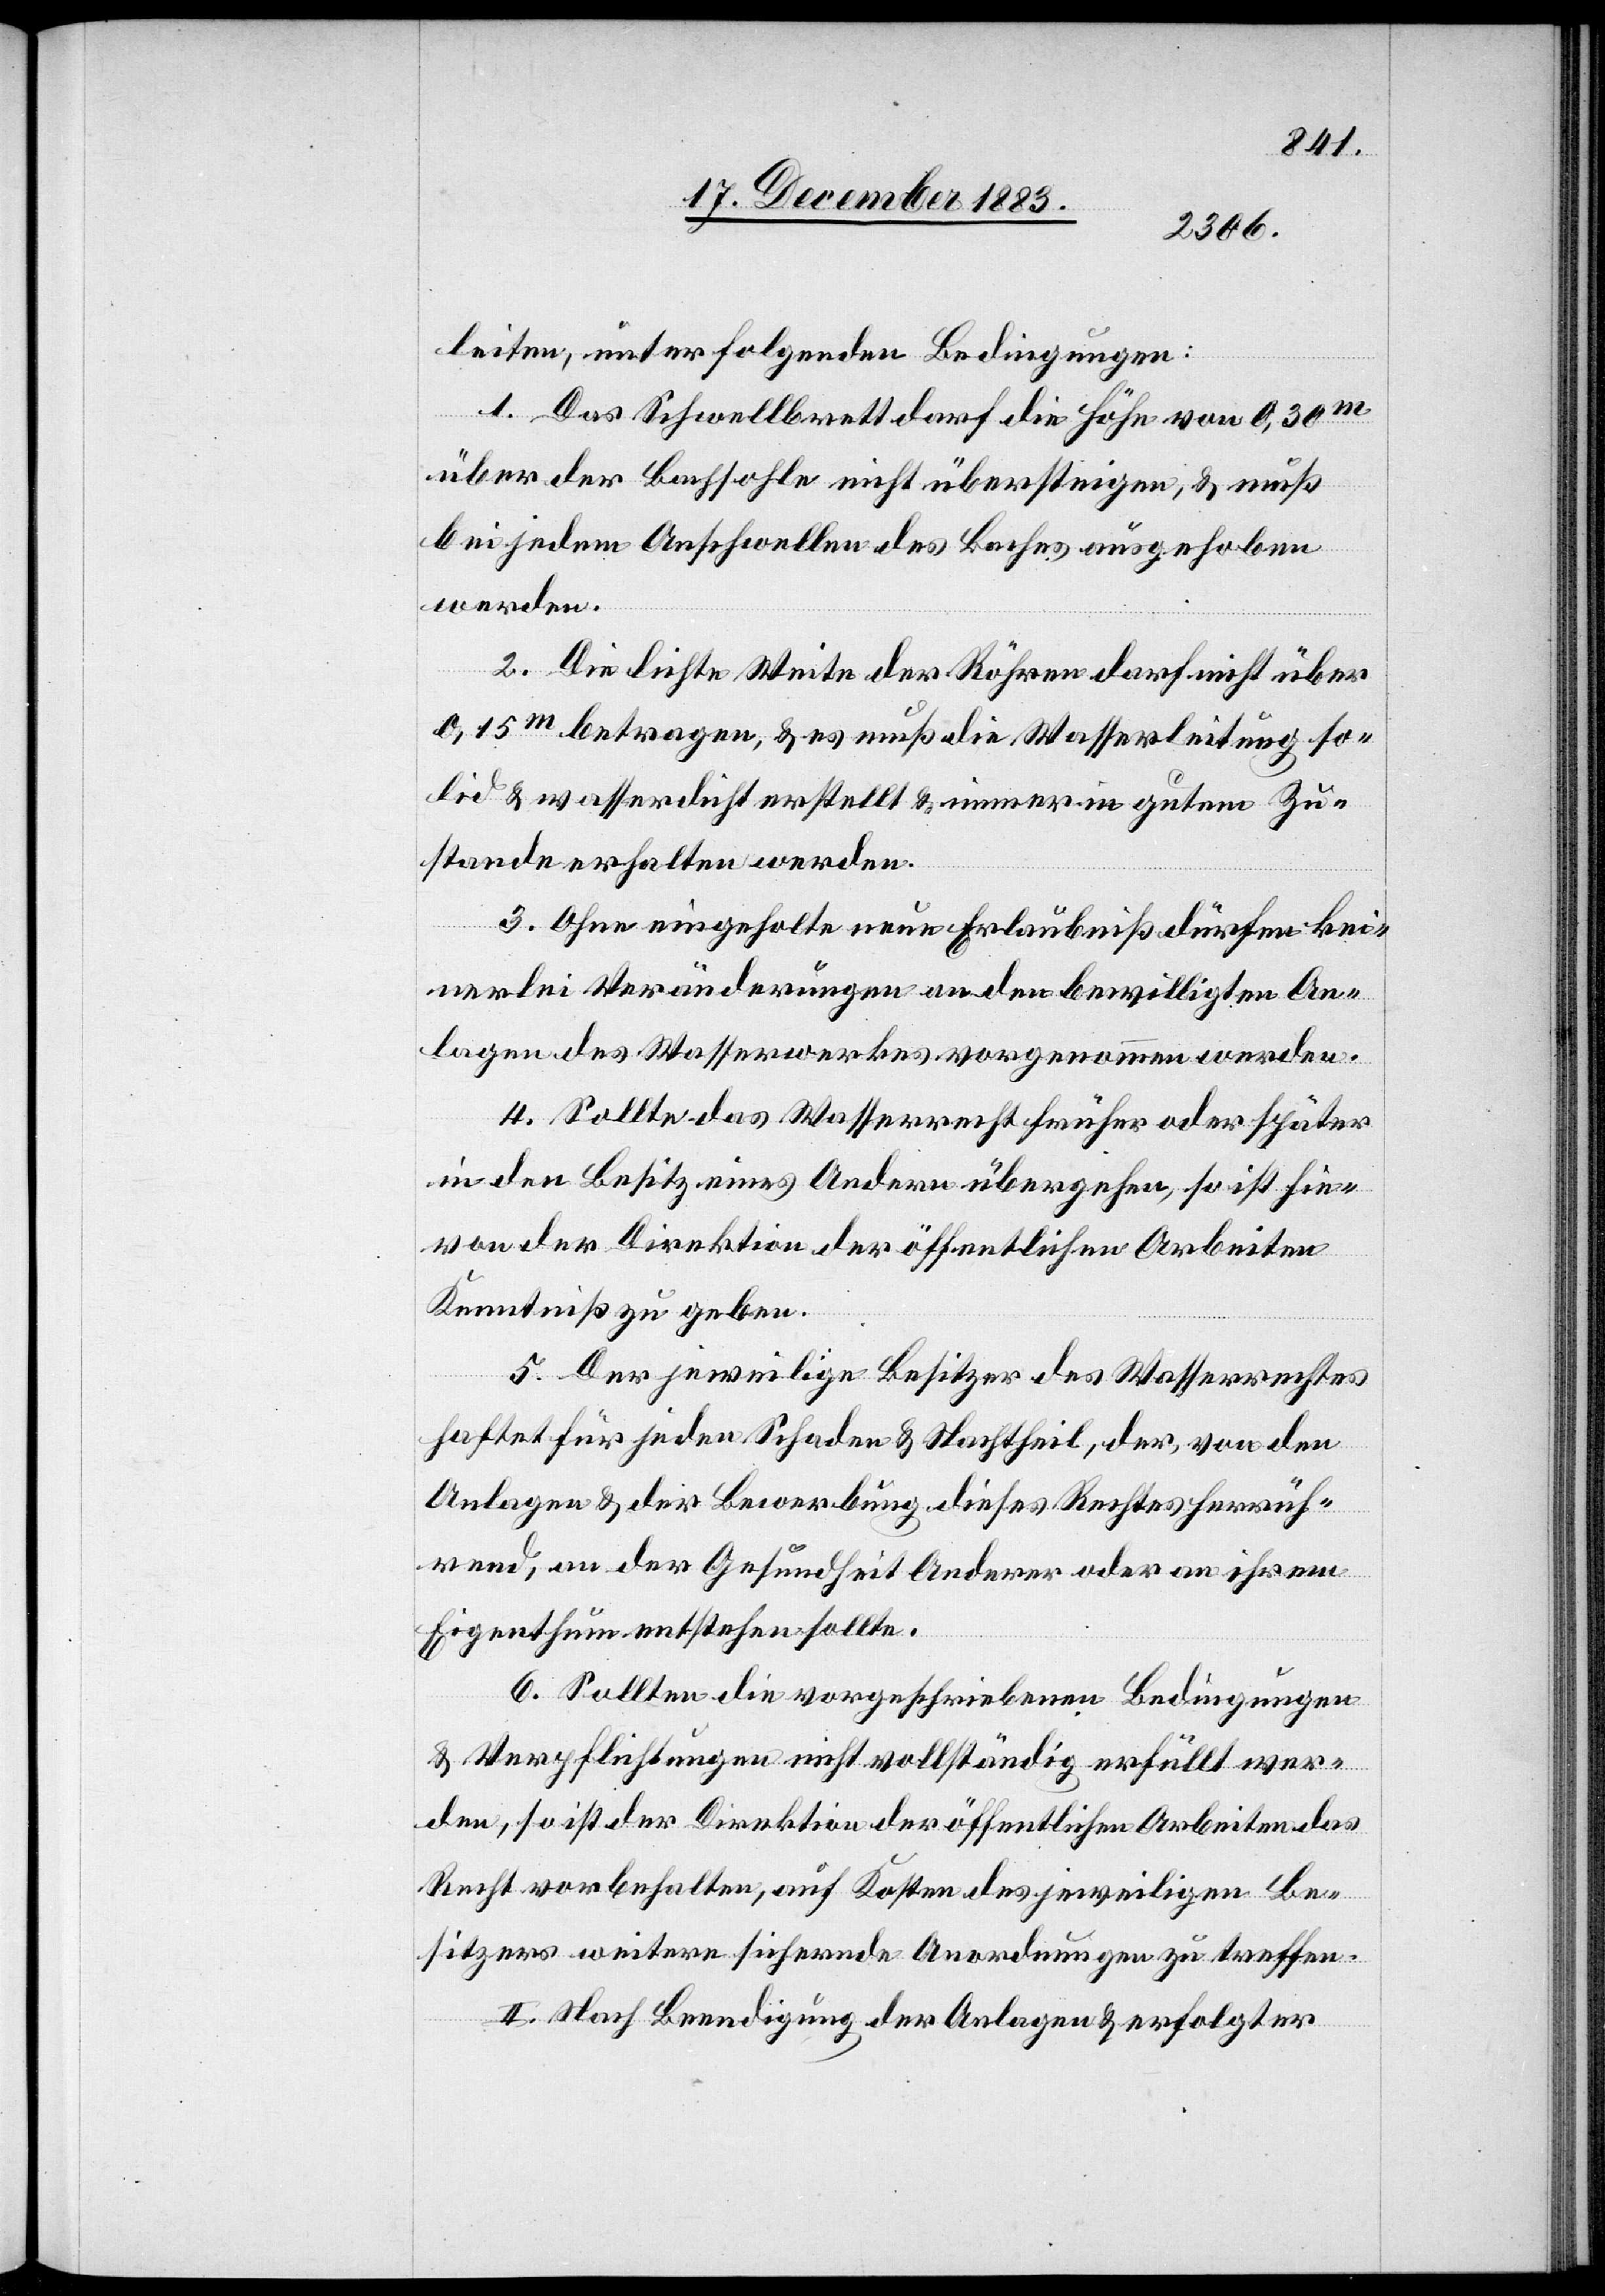
leiten, unter folgenden Bedingungen:
1. Das Schwellbrett darf die Höhe von 0,30m
über der Bachsohle nicht übersteigen, & muß
bei jedem Anschwellen des Baches ausgehoben
werden.
2. Die lichte Weite der Röhren darf nicht über
0,15m betragen, & es muß die Wasserleitung so¬
lid & wasserdicht erstellt & immer in gutem Zu¬
stande erhalten werden.
3. Ohne eingeholte neue Erlaubniß dürfen kei¬
nerlei Veränderungen an den bewilligten An¬
lagen des Wasserwerkes vorgenommen werden.
4. Sollte das Wasserrecht früher oder später
in den Besitz eines Andern übergehen, so ist hie¬
von der Direktion der öffentlichen Arbeiten
Kenntniß zu geben.
5. Der jeweilige Besitzer des Wasserrechtes
haftet für jeden Schaden & Nachtheil, der, von den
Anlagen & der Bewerbung dieses Rechtes herrüh¬
rend, an der Gesundheit Anderer oder an ihrem
Eigenthum entstehen sollte.
6. Sollten die vorgeschriebenen Bedingungen
& Verpflichtungen nicht vollständig erfüllt wer¬
den, so ist der Direktion der öffentlichen Arbeiten das
Recht vorbehalten, auf Kosten des jeweiligen Be¬
sitzers weitere sichernde Anordnungen zu treffen.
II. Nach Beendigung der Anlagen & erfolgter